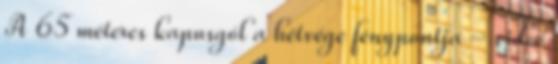
A 65 méteres kapusgól a hétvége fénypontja - videó